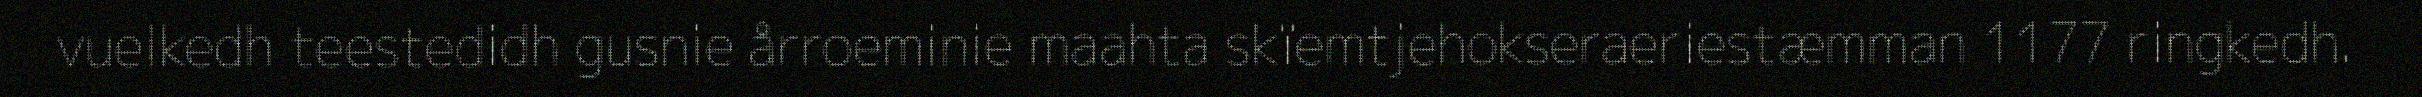
vuelkedh teestedidh gusnie årroeminie maahta skïemtjehokseraeriestæmman 1177 ringkedh.